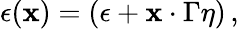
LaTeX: \epsilon(\mathbf{x})=(\epsilon+\mathbf{x}\cdot\Gamma\eta)\, ,